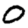
Digit: 0